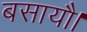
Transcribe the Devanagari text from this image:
बसायौ।